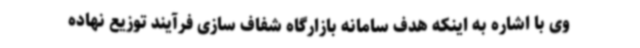
وی با اشاره به اینکه هدف سامانه بازارگاه شفاف سازی فرآیند توزیع نهاده